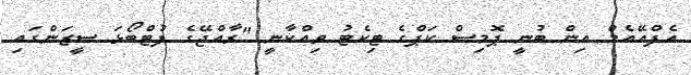
އެފްއޭއެމް އިން ބުނީ ޕޮމިސް ކަޕްގެ ޓިކެޓު ވިއްކާނީ "ރާއްޖޭގެ ފުޓްބޯޅަ ސީޒަންގައި